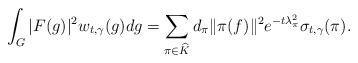
LaTeX: \begin{align*} \int_G | F(g)|^2 w_{t,\gamma}(g) dg = \sum_{\pi \in \widehat{K}} d_\pi \| \pi( f)\|^2 e^{-t\lambda_\pi^2} \sigma_{t,\gamma}(\pi) .\end{align*}